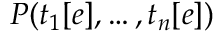
P ( t _ { 1 } [ e ] , \dots , t _ { n } [ e ] )